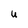
Character: U